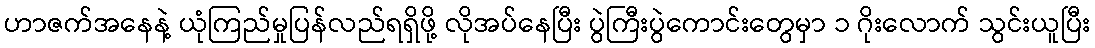
ဟာဇက်အနေနဲ့ ယုံကြည်မှုပြန်လည်ရရှိဖို့ လိုအပ်နေပြီး ပွဲကြီးပွဲကောင်းတွေမှာ ၁ ဂိုးလောက် သွင်းယူပြီး